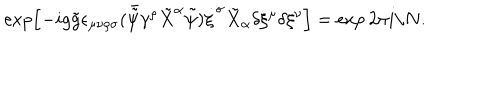
\exp \left[ - i g \tilde { g } \epsilon _ { \mu \nu \rho \sigma } ( \bar { \tilde { \psi } } \gamma ^ { \rho } \tilde { X } ^ { \alpha } \tilde { \psi } ) \dot { \xi } ^ { \sigma } \tilde { X } _ { \alpha } \delta \xi ^ { \mu } \delta \xi ^ { \nu } \right] = \exp 2 \pi i / N .